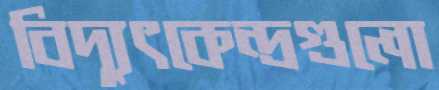
বিদ্যুৎকেন্দ্রগুলো